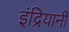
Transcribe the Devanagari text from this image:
इंद्रियानी